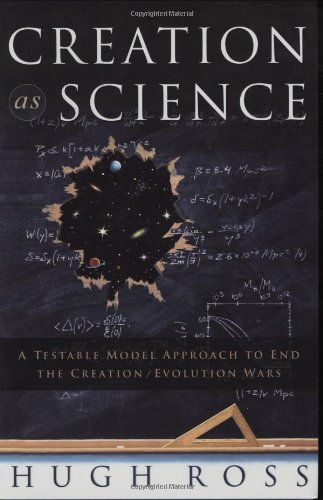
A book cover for Creation As Science: A Testable Model Approach to End the Creation/evolution Wars; Hugh Ross; Christian Books & Bibles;